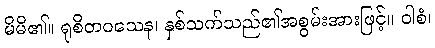
မိမိ၏။ ရုစိတဝသေန၊ နှစ်သက်သည်၏အစွမ်းအားဖြင့်။ ဝါစံ၊